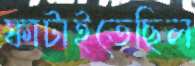
ফাটাইতেছিল